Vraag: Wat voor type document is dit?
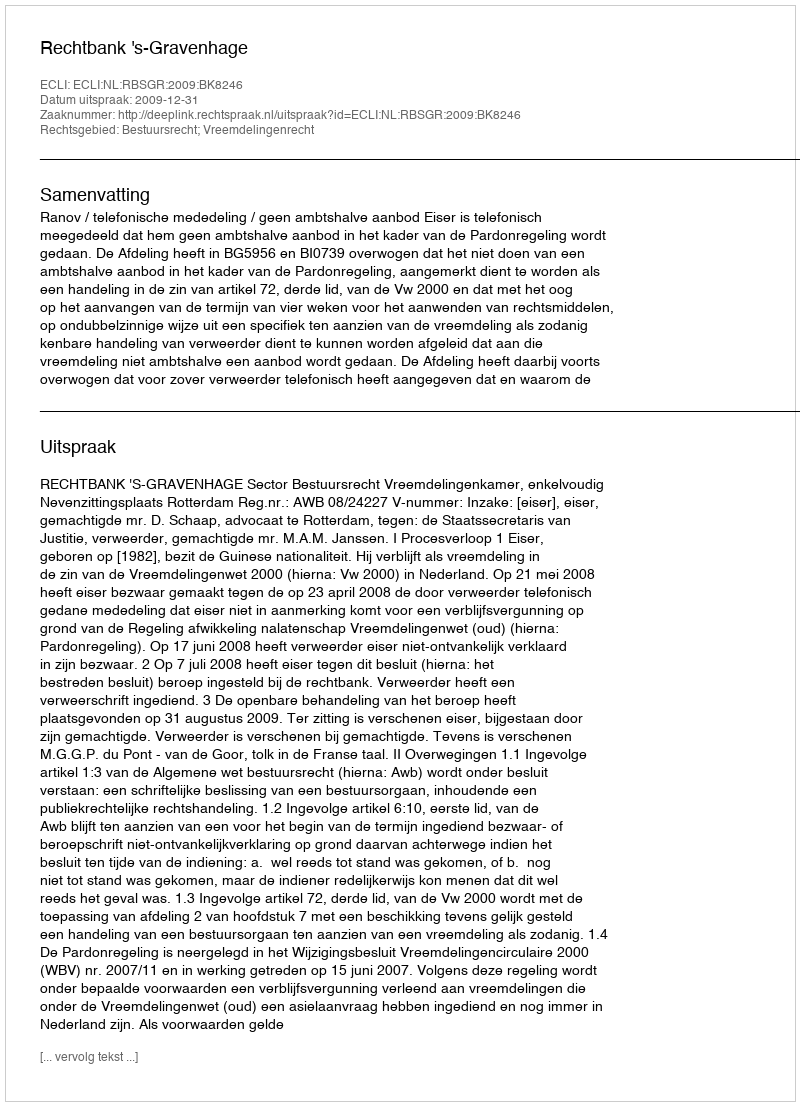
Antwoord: Uitspraak